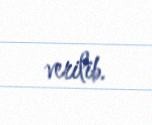
verilib.